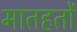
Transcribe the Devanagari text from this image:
मातहतों